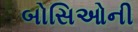
બોસિઓની